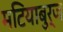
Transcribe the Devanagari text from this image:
मटियाबुर्ज